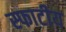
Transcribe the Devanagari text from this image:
स्फाटीय